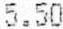
5.50